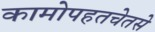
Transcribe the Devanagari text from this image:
कामोपहतचेतसे